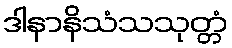
ဒါနာနိသံသသုတ္တံ